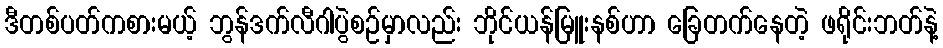
ဒီတစ်ပတ်ကစားမယ့် ဘွန်ဒက်လီဂါပွဲစဉ်မှာလည်း ဘိုင်ယန်မြူးနစ်ဟာ ခြေတက်နေတဲ့ ဖရိုင်းဘတ်နဲ့